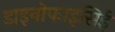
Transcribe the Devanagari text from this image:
डाइनोफाइसिई